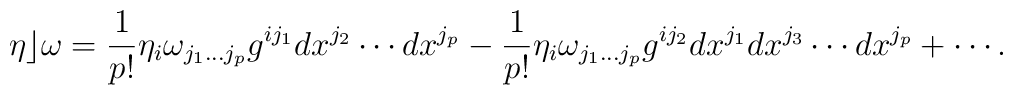
\eta\rfloor\omega= {1\over p!}\eta_i\omega_{j_1\ldots j_p}g^{ij_1}                              dx^{j_2}\cdots dx^{j_p}    - {1\over p!}\eta_i\omega_{j_1\ldots j_p}g^{ij_2}                              dx^{j_1}dx^{j_3}\cdots dx^{j_p}    + \cdots.